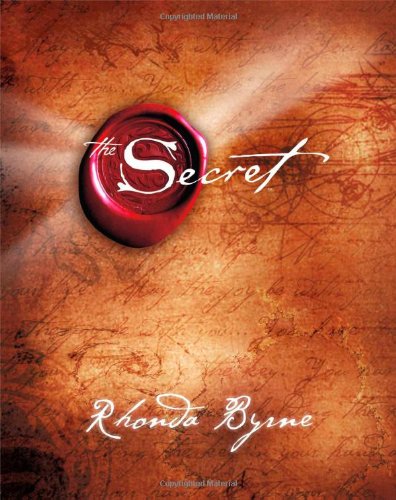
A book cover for The Secret; Rhonda Byrne; Self-Help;